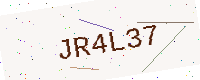
Text: JR4L37